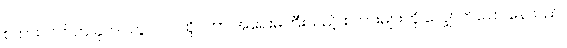
စကားလက်က ခုတင်တွင် ဝင်ထိုင်ကာ အရေးမကြီးသည့် စကားများကို လျှောက်ပြော နေသည်။